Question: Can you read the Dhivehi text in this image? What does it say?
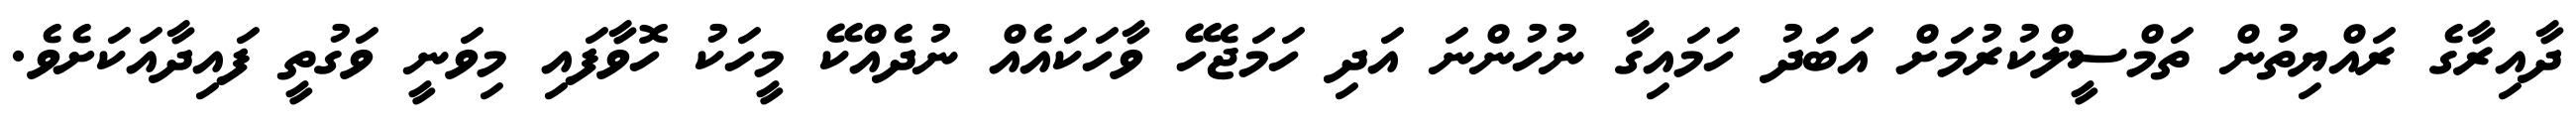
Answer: ދާއިރާގެ ރައްޔިތުން ތަމްސީލްކުރުމަށް އަބަދު ހަމައިގާ ނުހުންނަ އަދި ހަމަޖެހޭ ވާހަކައެއް ނުދެއްކޭ މީހަކު ހޮވާފައި މިވަނީ ވަގުތީ ފައިދާއަކަށެވެ.